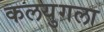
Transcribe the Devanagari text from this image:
कलयुगला